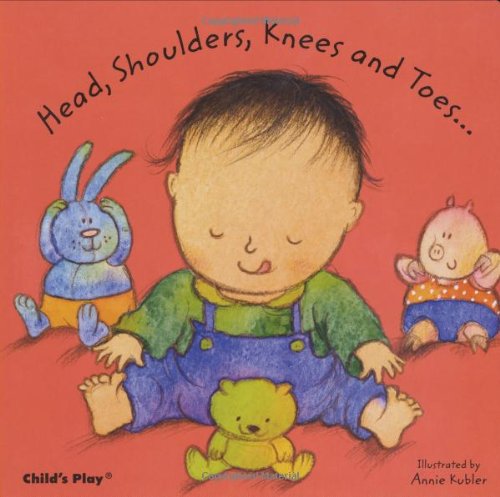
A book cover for Head, Shoulders, Knees and Toes...; Children's Books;